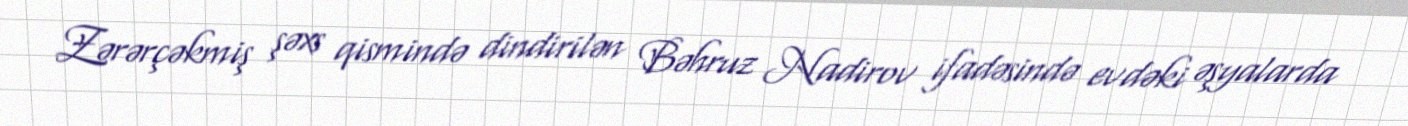
Zərərçəkmiş şəxs qismində dindirilən Bəhruz Nadirov ifadəsində evdəki əşyalarda